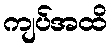
ကျပ်အထိ